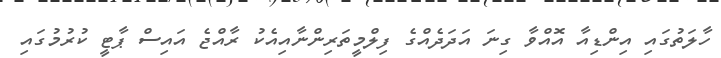
ހާލަތުގައި އިންޑިއާ އޮއްވާ ގިނަ އަދަދެއްގެ ފިލްމީތަރިންނާއިއެކު ރާއްޖެ އައިސް ޕާޓީ ކުރުމުގައި